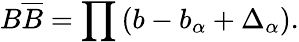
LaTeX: B\overline{{{B}}}=\prod\left(b-b_{\alpha}+\Delta_{\alpha}\right).